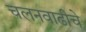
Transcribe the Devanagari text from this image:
चलनवाढीचे